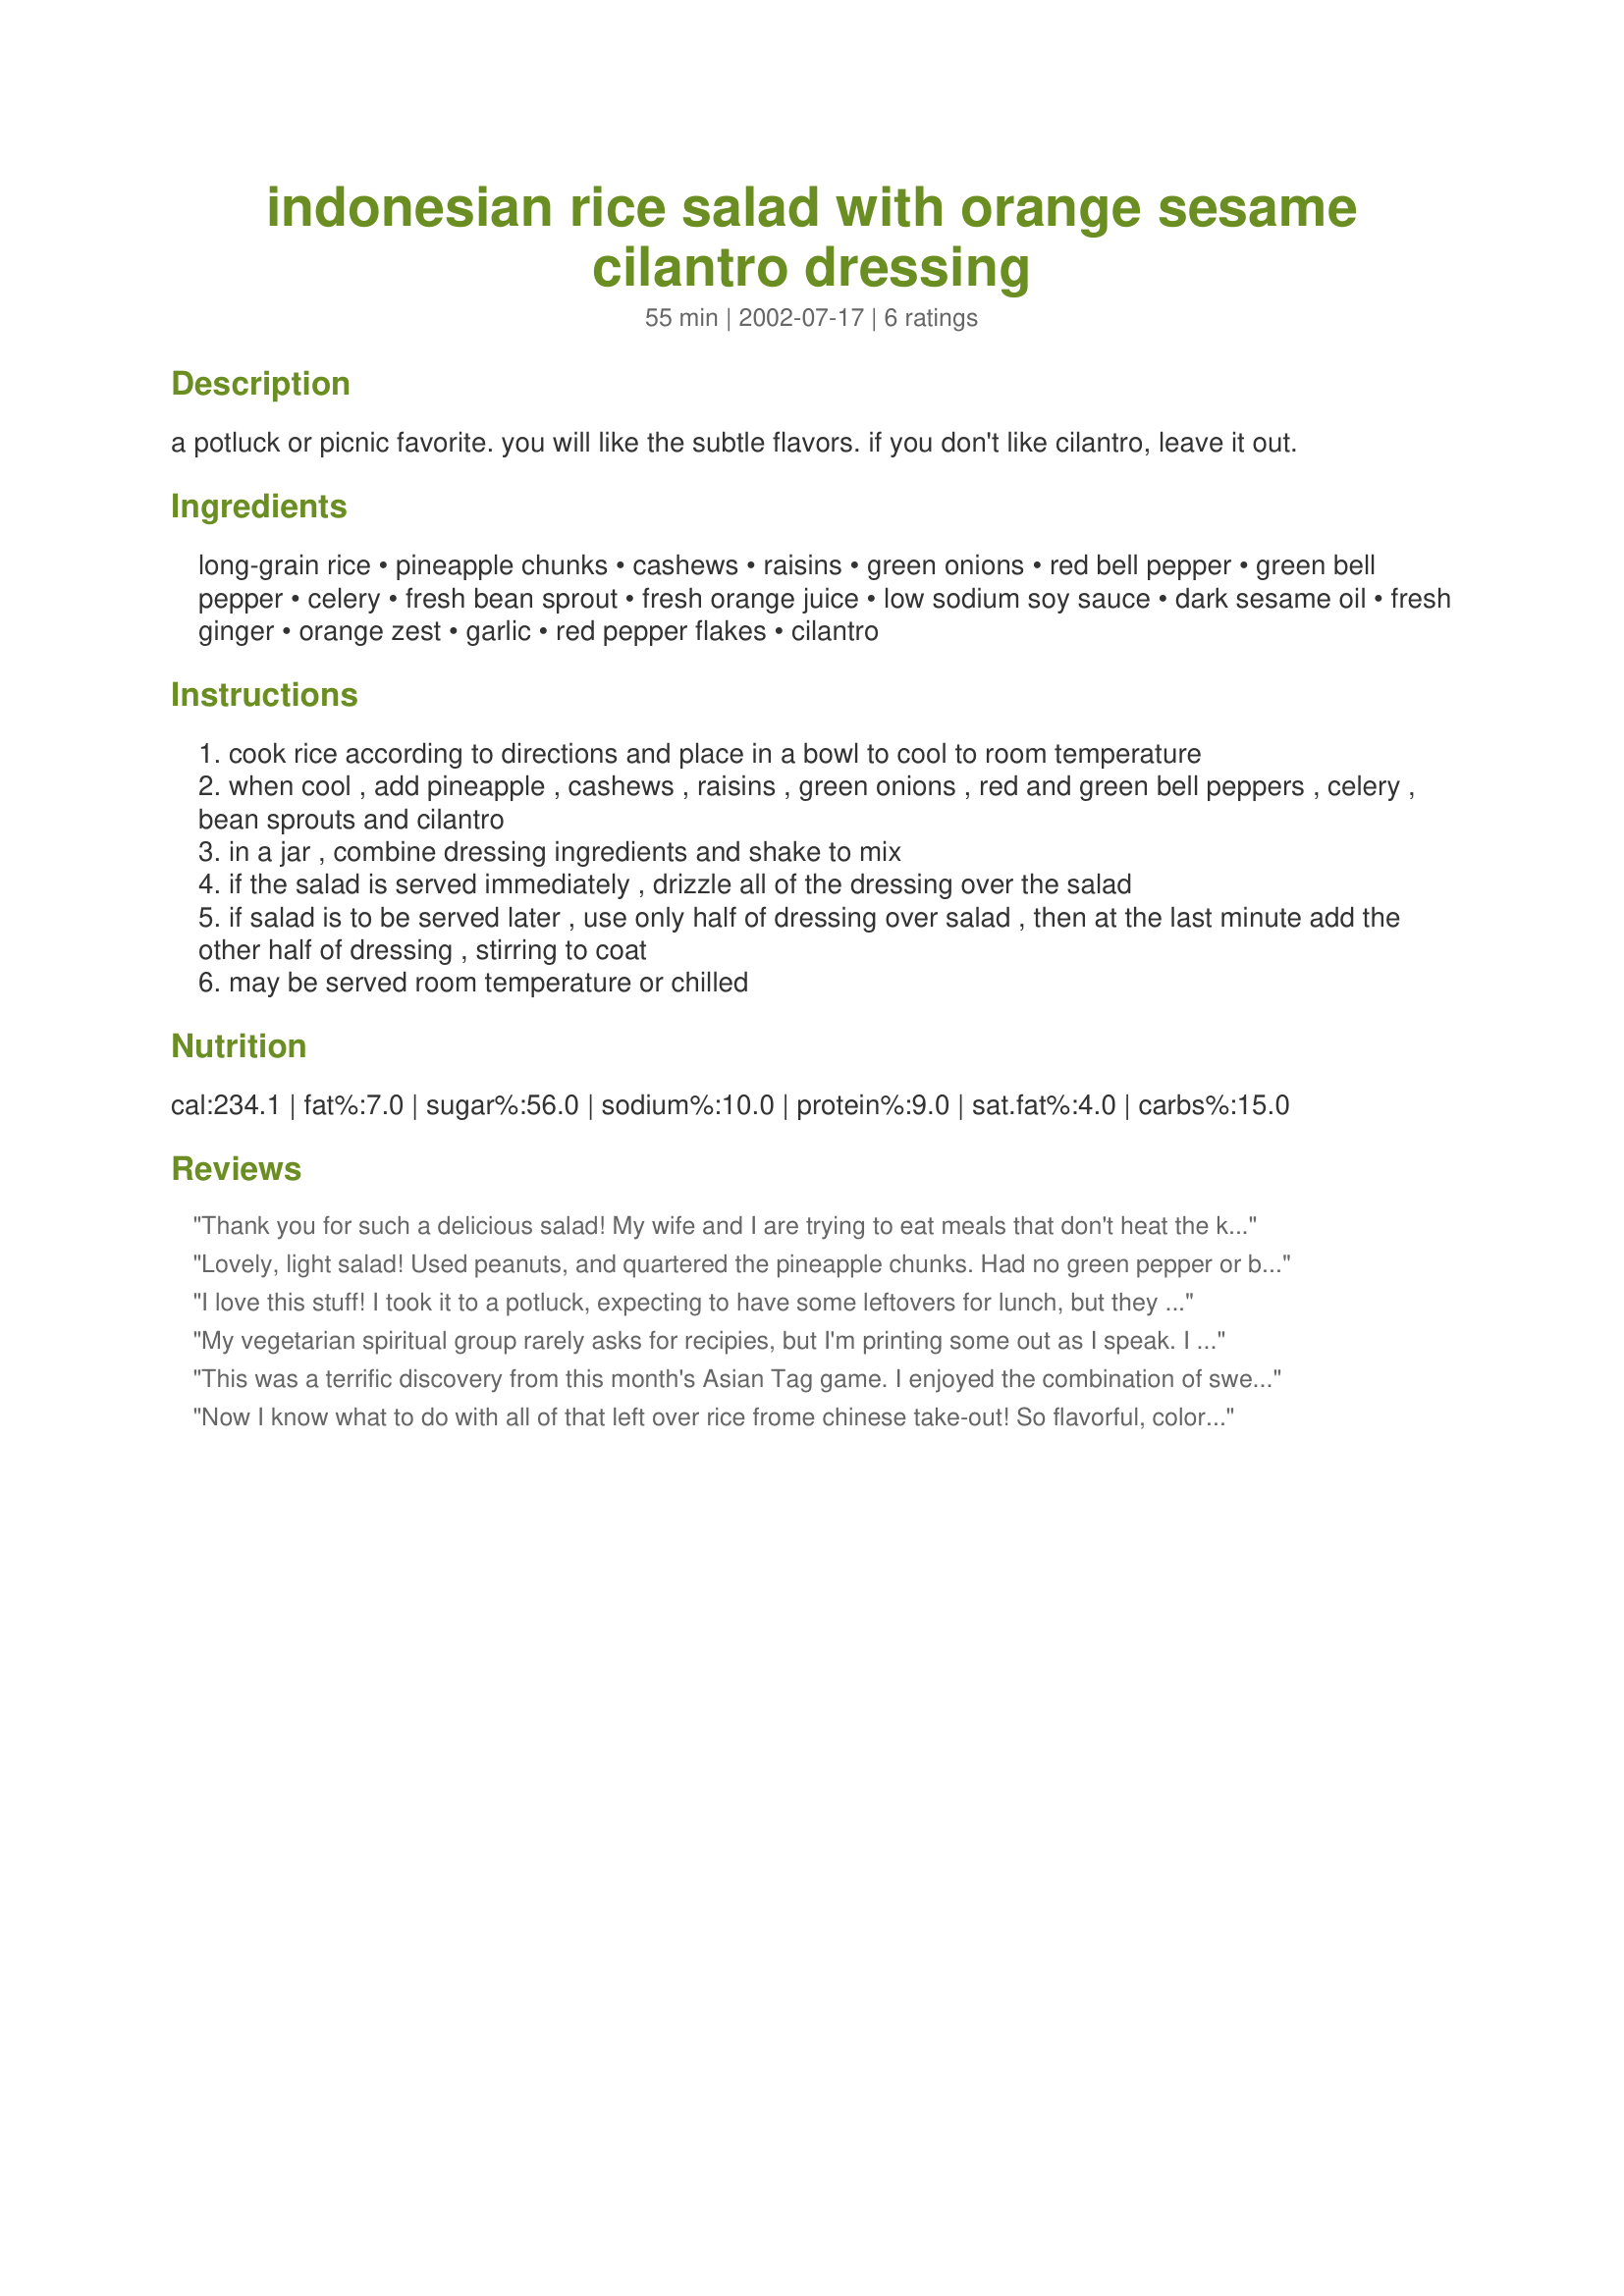
indonesian rice salad with orange sesame cilantro dressing
Preparation time: 55 minutes

a potluck or picnic favorite. you will like the subtle flavors. if you don't like cilantro, leave it out.

Ingredients:
long-grain rice, pineapple chunks, cashews, raisins, green onions, red bell pepper, green bell pepper, celery, fresh bean sprout, fresh orange juice, low sodium soy sauce, dark sesame oil, fresh ginger, orange zest, garlic, red pepper flakes, cilantro

Steps:
cook rice according to directions and place in a bowl to cool to room temperature
when cool , add pineapple , cashews , raisins , green onions , red and green bell peppers , celery , bean sprouts and cilantro
in a jar , combine dressing ingredients and shake to mix
if the salad is served immediately , drizzle all of the dressing over the salad
if salad is to be served later , use only half of dressing over salad , then at the last minute add the other half of dressing , stirring to coat
may be served room temperature or chilled

Reviews:
Thank you for such a delicious salad! My wife and I are trying to eat meals that don't heat the kitchen up-this is a winner! My wife and I do not care for green bell pepper or cilantro. I bought a large red bell pepper as a substitution for the green bell pepper. I omitted the cilantro from the dressing mixture. We will make this again!!!!
Lovely, light salad! Used peanuts, and quartered the pineapple chunks. Had no green pepper or bean sprouts; put in alfalfa sprouts and diced sugar snap peas. Really delicious - thanks!
I love this stuff! I took it to a potluck, expecting to have some leftovers for lunch, but they at it all! Apparently everyone else loved it as much as I do. :-) Seriously, it's great blend of salty, savory, and sweet, and the mix of textures is just about perfect, too. This will be a summertime staple; thanks for posting.
My vegetarian spiritual group rarely asks for recipies, but I'm printing some out as I speak. I prepared this dish exactly as the recipe asked and came home with an empty bowl.
This was a terrific discovery from this month's Asian Tag game. I enjoyed the combination of sweet, salty, crunchy, & tender. I thought it would be a nice dish for a potluck as it is colorful & yet different enough to not be standard fare. Next time I will chop the pineapple a little to better match the size of the other ingredients and might add more cilantro. (we like it) Thank you for sharing the recipe!
Now I know what to do with all of that left over rice frome chinese take-out! So flavorful, colorful and refreshing! I can't imagine it without the cilantro. Next time i'm going to try adding some mandarin oranges and extra cashews.
